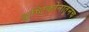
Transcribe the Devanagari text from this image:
दृष्टिकोनातूनच